Lunatic asylums Punjab 1881-1894 - 1881-1894
Year: 1881
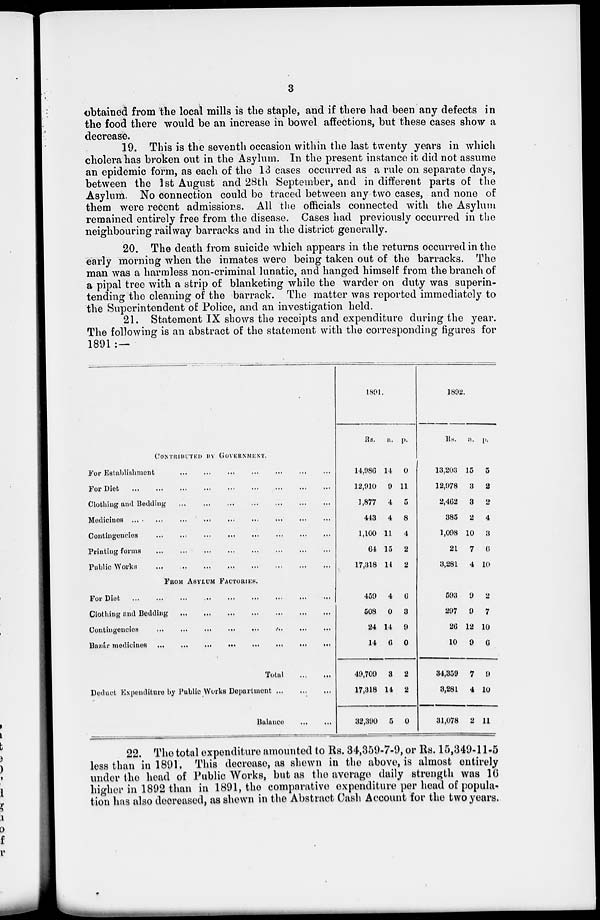
3
obtained from the local mills is the staple, and if there had been any defects in
the food there would be an increase in bowel affections, but these cases show a
decrease.
19. This is the seventh occasion within the last twenty years in which
cholera has broken out in the Asylum. In the present instance it did not assume
an epidemic form, as each of the 13 cases occurred as a rule on separate days,
between the 1st August and 28th September, and in different parts of the
Asylum. No connection could be traced between any two cases, and none of
them were recent admissions. All the officials connected with the Asylum
remained entirely free from the disease. Cases had previously occurred in the
neighbouring railway barracks and in the district generally.
20. The death from suicide which appears in the returns occurred in the
early morning when the inmates were being taken out of the barracks. The
man was a harmless non-criminal lunatic, and hanged himself from the branch of
a pipal tree with a strip of blanketing while the warder on duty was superin-
tending the cleaning of the barrack. The matter was reported immediately to
the Superintendent of Police, and an investigation held.
21. Statement IX shows the receipts and expenditure during the year.
The following is an abstract of the statement with the corresponding figures for
1891 :—
CONTRIBUTED BY GOVERNMENT.
For Establishment
...
...
...
...
...
...
...
For Diet
...
...
...
...
...
...
...
Clothing and Bedding
...
...
...
...
...
...
...
Medicines
...
...
...
...
...
...
...
Contingencies
...
...
...
...
...
...
...
Printing forms
...
...
...
...
...
...
...
Public Works ... ... ... ... ... ... ...
FROM ASYLUM FACTORIES.
For Diet
...
...
...
...
...
...
...
Clothing and Bedding ... ... ... ... ... ... ...
Contingencies
...
...
...
...
...
...
...
Bazár medicines
...
...
...
...
...
...
...
Total
...
...
Deduct Expenditure by Public Works Department
...
...
...
Balance
...
...
1891.
Rs.
14,986
12,910
1,877
443
1,100
64
17,318
459
508
24
14
49,709
17,318
32,390
a.
14
9
4
4
11
15
14
4
0
14
6
3
14
5
p.
0
11
5
8
4
2
2
6
3
9
0
2
2
0
1892.
Rs.
13,203
12,978
2,462
385
1,098
21
3,281
593
297
26
10
34,359
3,281
31,078
a.
15
3
3
2
10
7
4
9
9
12
9
7
4
2
p.
5
2
2
4
3
6
10
2
7
10
6
9
10
11
22. The total expenditure amounted to Rs. 34,359-7-9, or Rs. 15,349-11-5
less than in 1891. This decrease, as shewn in the above, is almost entirely
under the head of Public Works, but as the average daily strength was 16
higher in 1892 than in 1891, the comparative expenditure per head of popula-
tion has also decreased, as shewn in the Abstract Cash Account for the two years.